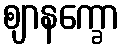
ဈာနက္ခော